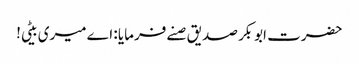
حضرت ابوبکر صدیق صنے فرمایا : اے میری بیٹی!